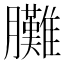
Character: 𦣎